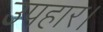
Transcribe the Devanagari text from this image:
उपहार।